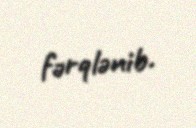
fərqlənib.